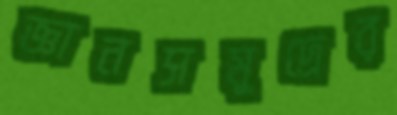
জ্ঞানসমুদ্রের